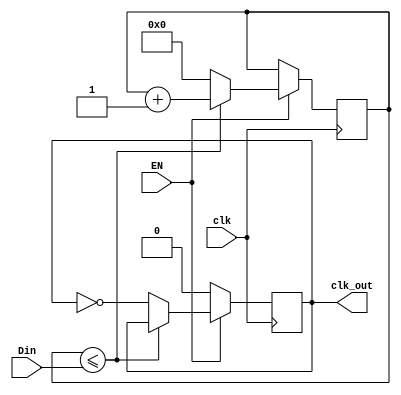
`timescale 1ns / 1ps
//////////////////////////////////////////////////////////////////////////////////
// Company: 
// Engineer: 
// 
// Design Name: 
// Module Name: div_t
// Project Name: 
// Target Devices: 
// Tool Versions: 
// Description: 
// 
// Dependencies: 
// 
// Revision:
// Revision 0.01 - File Created
// Additional Comments:
// 
//////////////////////////////////////////////////////////////////////////////////


module div_t(clk, Din, EN, clk_out);
    input clk, EN;
    input [31:0] Din;
    output reg clk_out=0;
    
    reg [31:0] data;
    reg [31:0] cnt = 0;
    
    always@(posedge clk)
    begin
        if(EN)begin
            data = Din;
            if(cnt<=data)begin
                cnt = cnt+1;
            end
            else begin
                clk_out=~clk_out;
                cnt=0;
            end
        end
        else
            clk_out=0;
    end
endmodule